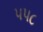
૫૫૮